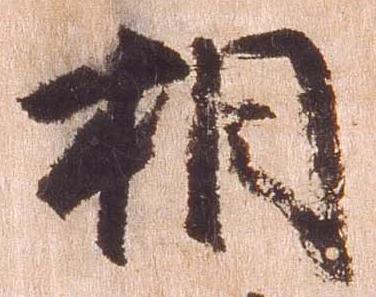
相